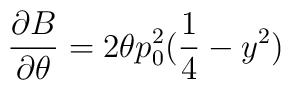
\frac{\partial B}{\partial \theta }=2\theta p^{2}_{0}(\frac{1}{4}-y^{2})